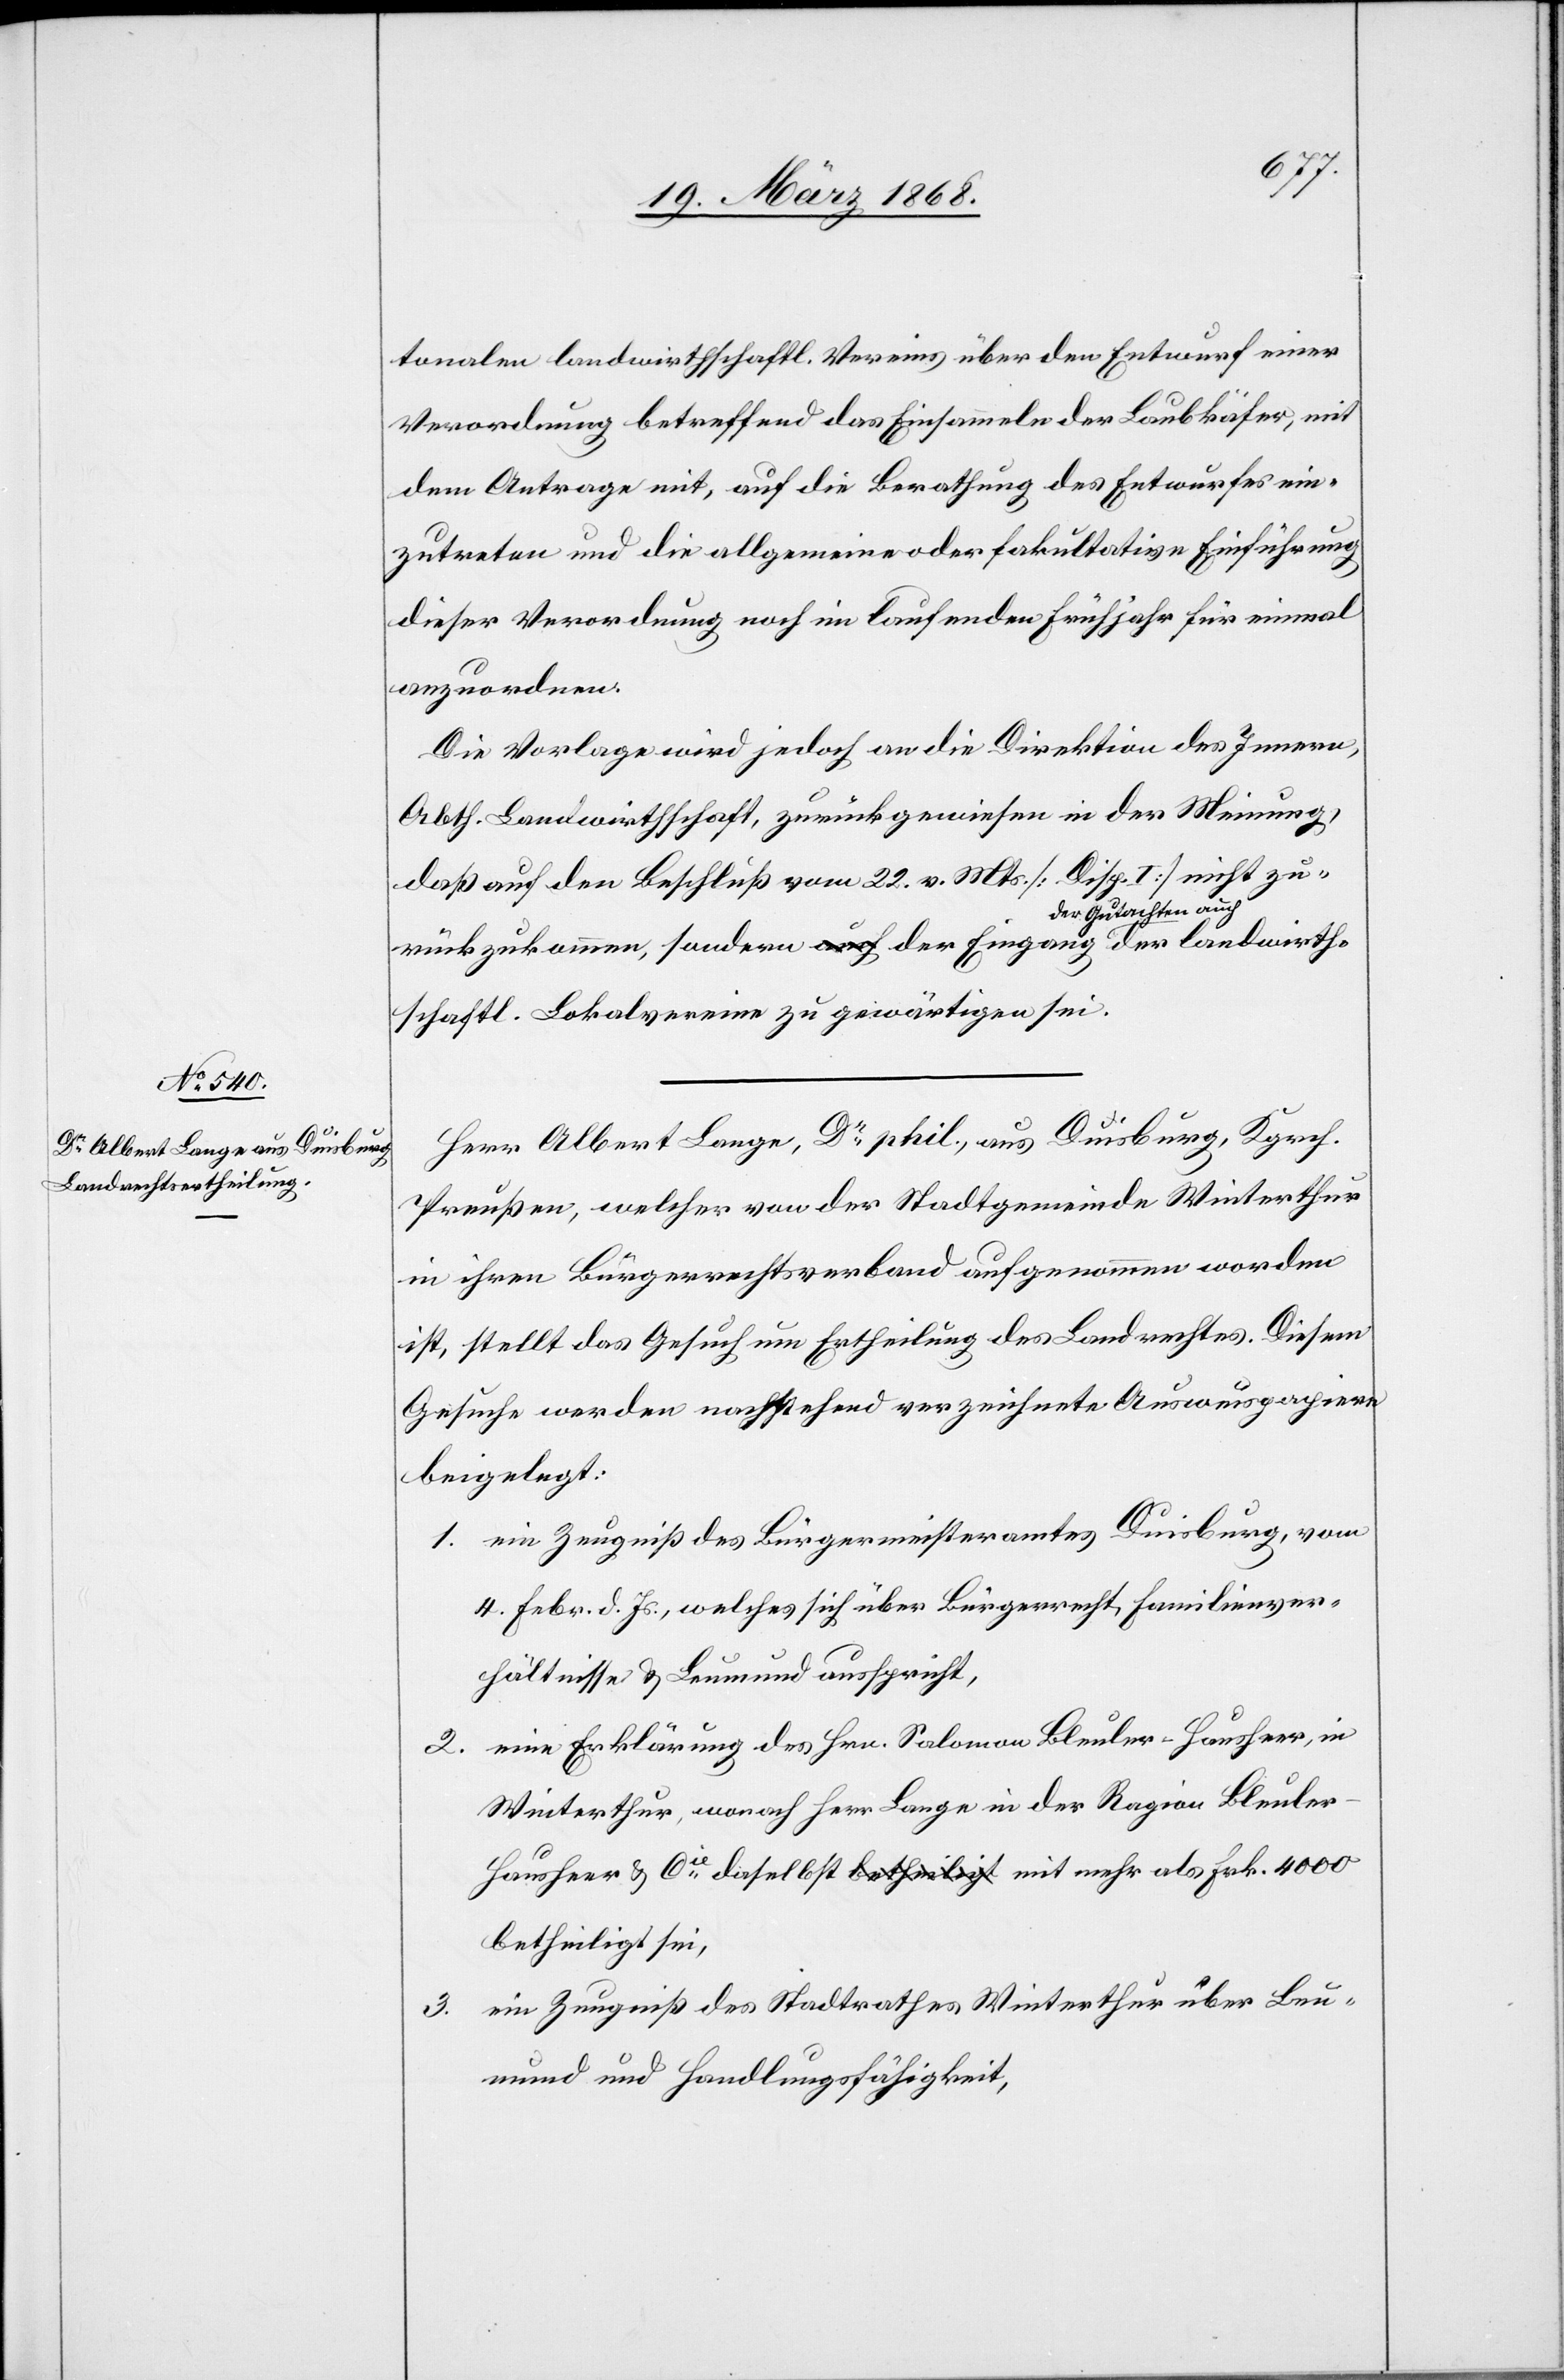
landwirth¬
tonalen landwirthschaftl. Vereins über den Entwurf einer
Verordnung betreffend das Einsammeln der Laubkäfer, mit
dem Antrage mit, auf die Berathung des Entwurfes ein¬
zutreten und die allgemeine oder fakultative Einführung
dieser Verordnung noch im laufenden Frühjahr für einmal
anzuordnen.
Die Vorlage wird jedoch an die Direktion des Innern,
Abth. Landwirthschaft, zurückgewiesen in der Meinung,
daß auf den Beschluß vom 22. v. Mts. [Disp. I] nicht zu¬
rückzukommen, sondern a-auch-a der Eingang der Gutachten
schaftl. Lokalvereine zu gewärtigen sei.
Herr Albert Lange, Dr. phil., aus Duisburg, Kgrch.
Preußen, welcher von der Stadtgemeinde Winterthur
in ihren Bürgerrechtsverband aufgenommen worden
ist, stellt das Gesuch um Ertheilung des Landrechtes. Diesem
Gesuche werden nachstehend verzeichnete Ausweispapiere
beigelegt:
ein Zeugniß des Bürgermeisteramtes Duisburg, vom
4. Febr. d. Js., welches sich über Bürgerrecht, Familienver¬
hältnisse & Leumund ausspricht,
eine Erklärung des Hrn. Salomon Bleuler-Hausheer, in
Winterthur, wonach Herr Lange in der Ragion Bleuler-H¬
ausheer & Cie. daselbst a-betheiligt-a mit mehr als Frk. 4000
betheiligt sei,
ein Zeugniß des Stadtrathes Winterthur über Leu¬
mund und Handlungsfähigkeit,